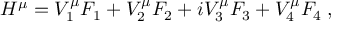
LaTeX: H ^ { \mu } = V _ { 1 } ^ { \mu } F _ { 1 } + V _ { 2 } ^ { \mu } F _ { 2 } + i V _ { 3 } ^ { \mu } F _ { 3 } + V _ { 4 } ^ { \mu } F _ { 4 } \; ,